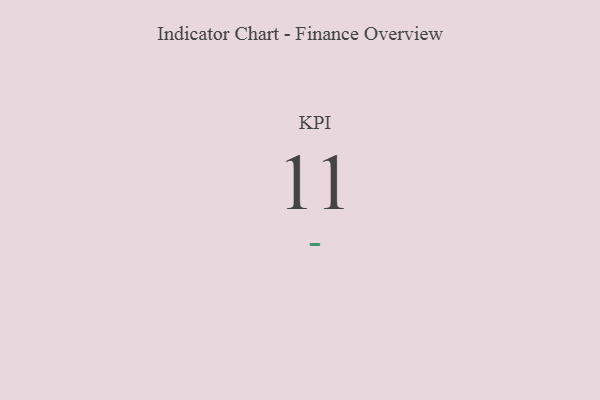
{"axis": {"x": "KPI", "y": "Value"}, "legend": [""], "data": [{"x": "KPI", "y": 11, "type": ""}]}